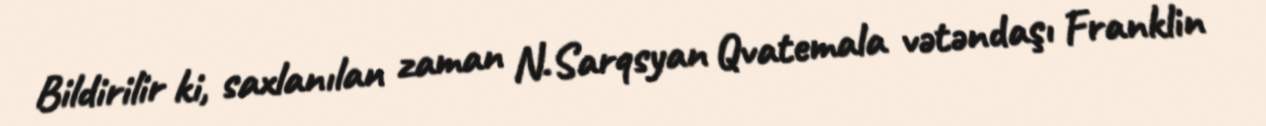
Bildirilir ki, saxlanılan zaman N.Sarqsyan Qvatemala vətəndaşı Franklin